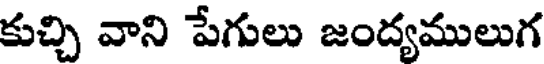
కుచ్చి వాని పేగులు జంద్యములుగ